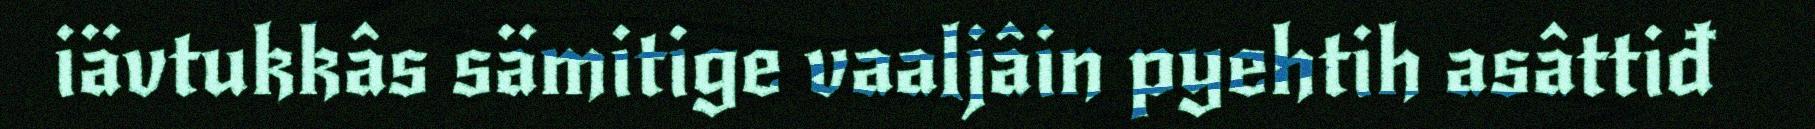
iävtukkâs sämitige vaaljâin pyehtih asâttiđ